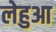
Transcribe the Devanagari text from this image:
लेहुआ